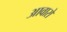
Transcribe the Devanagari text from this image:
आवारों